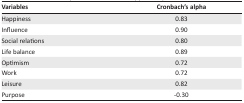
<table><thead><tr><td><b>Variables</b></td><td><b>Cronbach’s alpha</b></td></tr></thead><tbody><tr><td>Happiness</td><td>0.83</td></tr><tr><td>Influence</td><td>0.90</td></tr><tr><td>Social relations</td><td>0.80</td></tr><tr><td>Life balance</td><td>0.89</td></tr><tr><td>Optimism</td><td>0.72</td></tr><tr><td>Work</td><td>0.72</td></tr><tr><td>Leisure</td><td>0.82</td></tr><tr><td>Purpose</td><td>−0.30</td></tr></tbody></table>